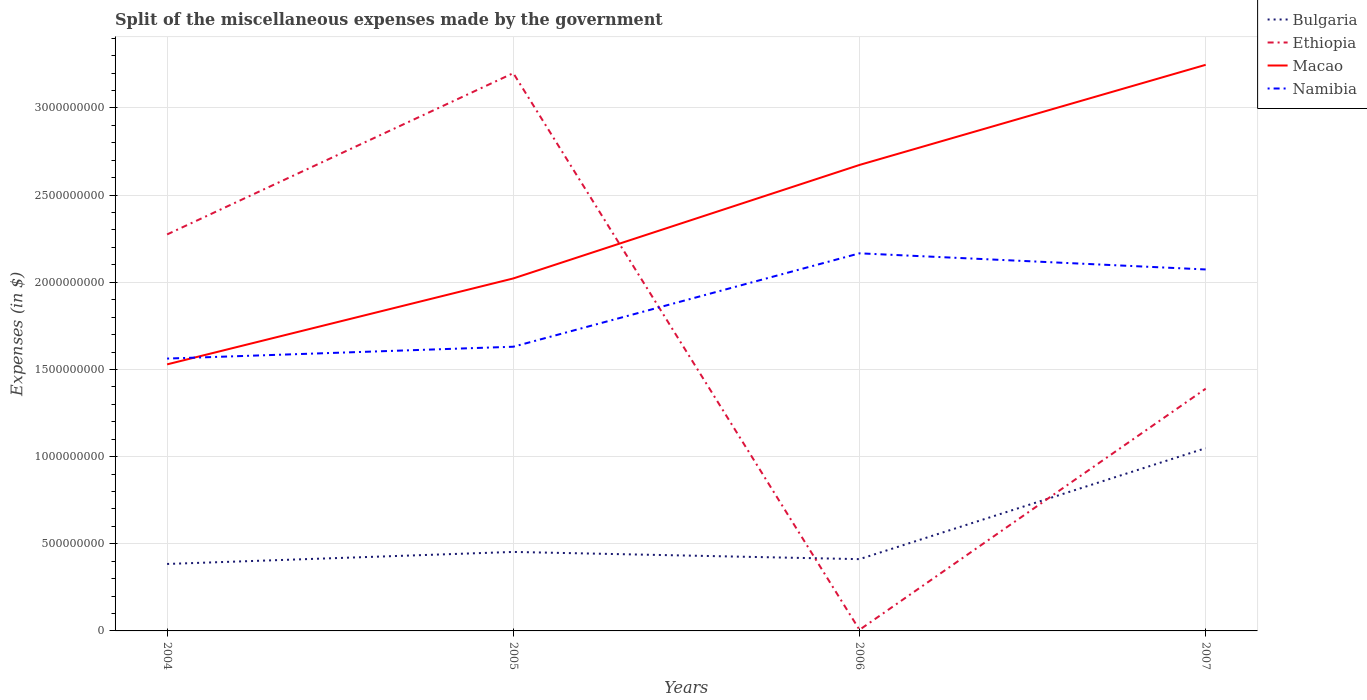
| Years | Bulgaria | Ethiopia | Macao | Namibia |
 | --- | --- | --- | --- | --- |
 | 2004 | 3.84e+08 | 2.27e+09 | 1.53e+09 | 1.56e+09 |
 | 2005 | 4.53e+08 | 3.2e+09 | 2.02e+09 | 1.63e+09 |
 | 2006 | 4.12e+08 | 6.2e+06 | 2.67e+09 | 2.17e+09 |
 | 2007 | 1.05e+09 | 1.39e+09 | 3.25e+09 | 2.07e+09 |